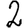
Digit: 2